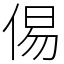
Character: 㑥